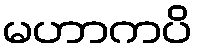
မဟာကပိ